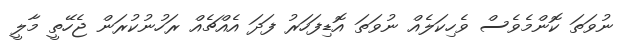
ނުވަތަ ކޮންމެވެސް ވެހިކަލެއް ނުވަތަ އޮޑިފަހަރު ފަދަ އެއްޗެއް ރަހުނުކުރަން ޖެހޭތީ މާލީ